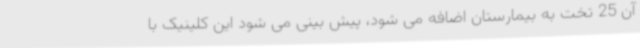
آن 25 تخت به بیمارستان اضافه می شود، پیش بینی می شود این کلینیک با